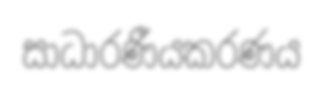
සාධාරණීයකරණය